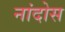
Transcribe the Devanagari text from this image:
नांदोस